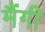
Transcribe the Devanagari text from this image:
मैंगी